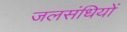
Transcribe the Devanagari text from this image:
जलसंधियों